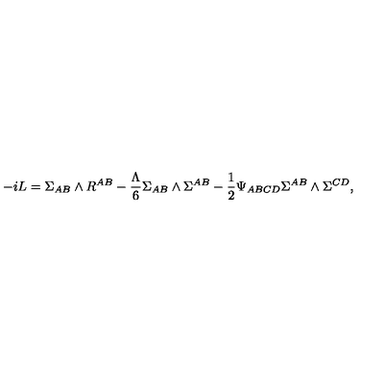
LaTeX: - i L = \Sigma _ { A B } \wedge R ^ { A B } - \frac { \Lambda } { 6 } \Sigma _ { A B } \wedge \Sigma ^ { A B } - \frac { 1 } { 2 } \Psi _ { A B C D } \Sigma ^ { A B } \wedge \Sigma ^ { C D } ,